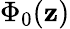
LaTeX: \Phi_{0}(\mathbf{z})